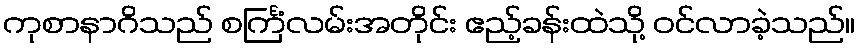
ကုစာနာဂိသည် စင်္ကြံလမ်းအတိုင်း ဧည့်ခန်းထဲသို့ ဝင်လာခဲ့သည်။